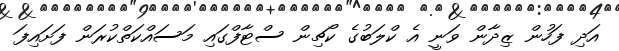
އަދި ފަހުން ޒިދާން ވަނީ އެ ކްލަބުގެ ކޯޗިން ސްޓާފްގައި މަސައްކަތްކުރަން ފަށައިފަ